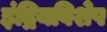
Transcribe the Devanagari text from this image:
इंद्रियविशेष